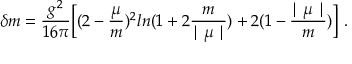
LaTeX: \delta m = \frac { g ^ { 2 } } { 1 6 \pi } \biggl [ ( 2 - \frac { \mu } { m } ) ^ { 2 } l n ( 1 + 2 \frac { m } { \mid \mu \mid } ) + 2 ( 1 - \frac { \mid \mu \mid } { m } ) \biggr ] \ .